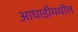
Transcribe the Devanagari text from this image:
आघाडीमधील